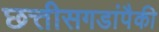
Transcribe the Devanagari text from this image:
छत्तीसगडांपैकी